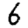
Digit: 6